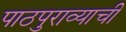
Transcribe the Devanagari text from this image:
पाठपुराव्याची